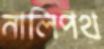
নালিপথ